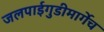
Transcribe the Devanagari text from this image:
जलपाईगुडीमार्गेच